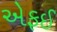
એફઈ